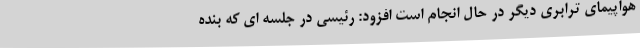
هواپیمای ترابری دیگر در حال انجام است افزود: رئیسی در جلسه ای که بنده